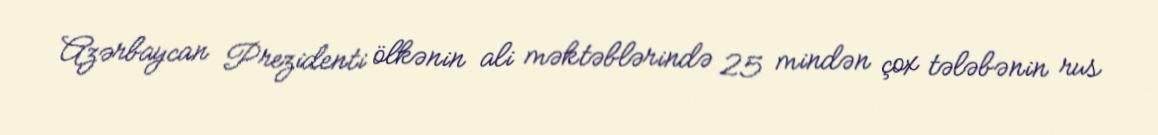
Azərbaycan Prezidenti ölkənin ali məktəblərində 25 mindən çox tələbənin rus